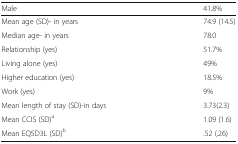
<table><thead><tr><td><b>Male</b></td><td><b>41.8%</b></td></tr></thead><tbody><tr><td>Mean age (SD)- in years</td><td>74.9 (14.5)</td></tr><tr><td>Median age- in years</td><td>78.0</td></tr><tr><td>Relationship (yes)</td><td>51.7%</td></tr><tr><td>Living alone (yes)</td><td>49%</td></tr><tr><td>Higher education (yes)</td><td>18.5%</td></tr><tr><td>Work (yes)</td><td>9%</td></tr><tr><td>Mean length of stay (SD)-in days</td><td>3.73(2.3)</td></tr><tr><td>Mean CCIS (SD)<sup>a</sup></td><td>1.09 (1.6)</td></tr><tr><td>Mean EQ5D3L (SD)<sup>b</sup></td><td>.52 (.26)</td></tr></tbody></table>